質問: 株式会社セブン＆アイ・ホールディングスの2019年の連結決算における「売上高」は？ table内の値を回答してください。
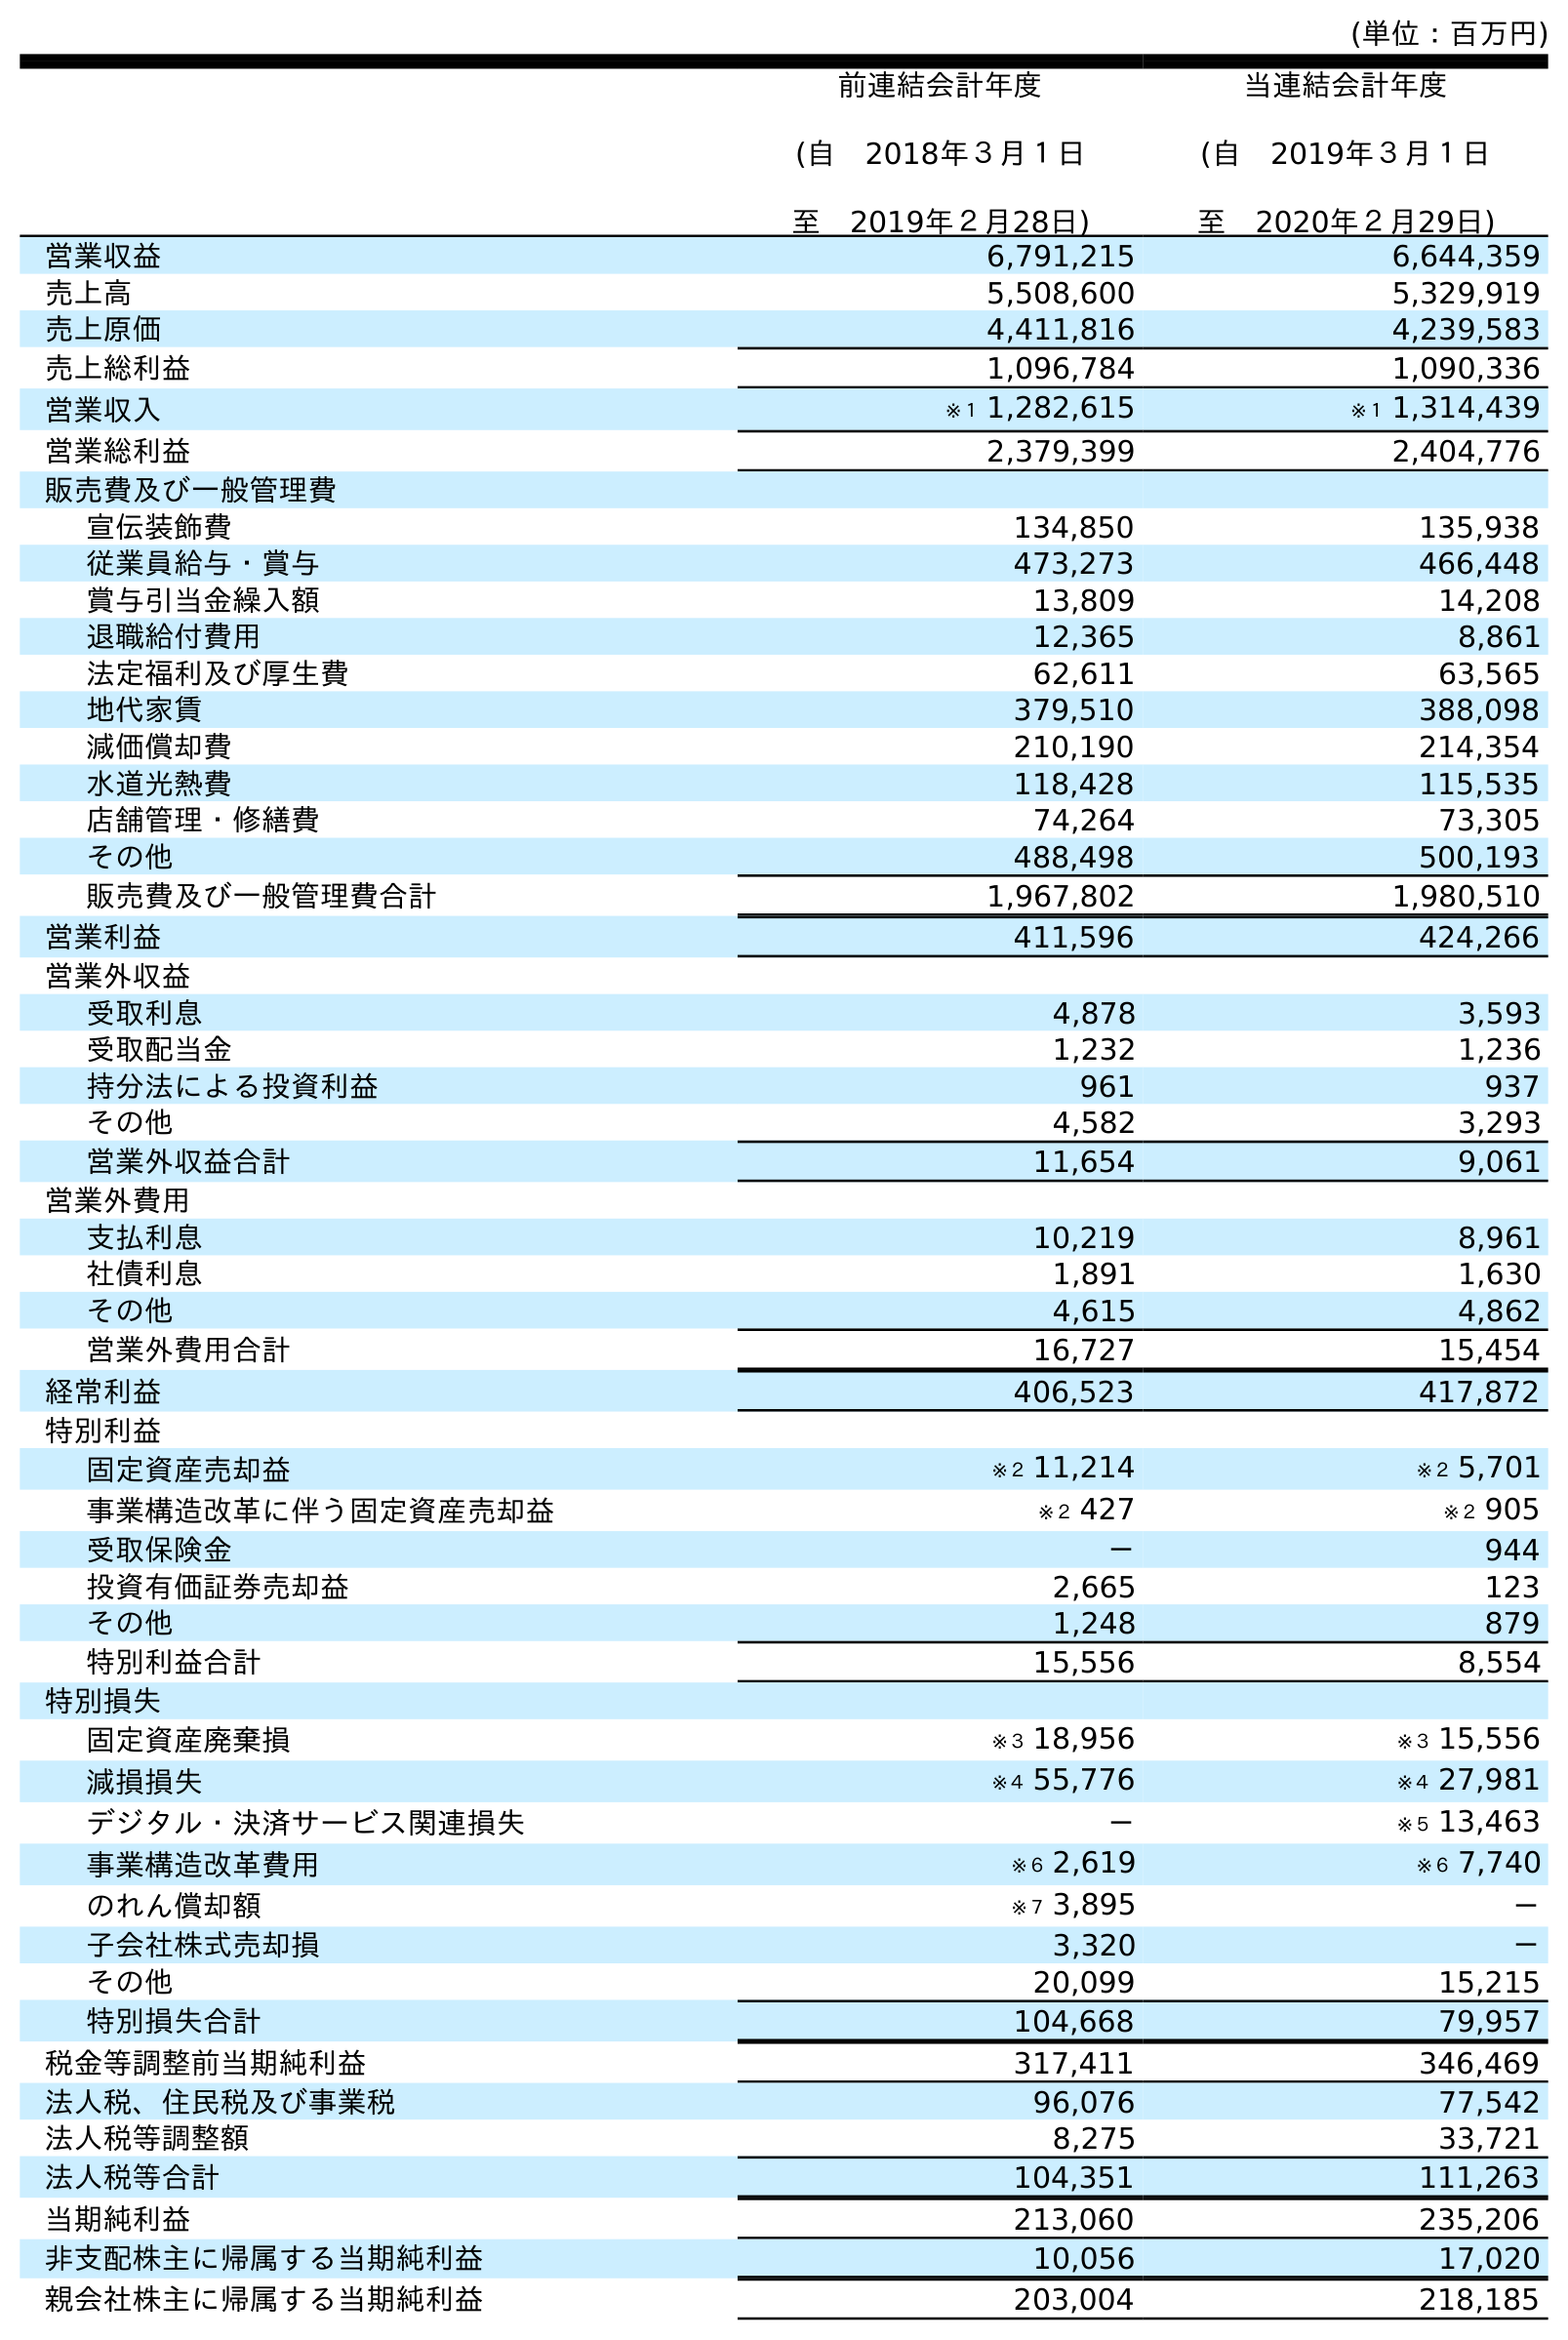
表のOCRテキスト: (単位：百万円) 前連結会計年度 (自 2018年３月１日 至 2019年２月28日) 当連結会計年度 (自 2019年３月１日 至 2020年２月29日) 営業収益 6,791,215 6,644,359 売上高 5,508,600 5,329,919 売上原価 4,411,816 4,239,583 売上総利益 1,096,784 1,090,336 営業収入 ※１ 1,282,615 ※１ 1,314,439 営業総利益 2,379,399 2,404,776 販売費及び一般管理費 宣伝装飾費 134,850 135,938 従業員給与・賞与 473,273 466,448 賞与引当金繰入額 13,809 14,208 退職給付費用 12,365 8,861 法定福利及び厚生費 62,611 63,565 地代家賃 379,510 388,098 減価償却費 210,190 214,354 水道光熱費 118,428 115,535 店舗管理・修繕費 74,264 73,305 その他 488,498 500,193 販売費及び一般管理費合計 1,967,802 1,980,510 営業利益 411,596 424,266 営業外収益 受取利息 4,878 3,593 受取配当金 1,232 1,236 持分法による投資利益 961 937 その他 4,582 3,293 営業外収益合計 11,654 9,061 営業外費用 支払利息 10,219 8,961 社債利息 1,891 1,630 その他 4,615 4,862 営業外費用合計 16,727 15,454 経常利益 406,523 417,872 特別利益 固定資産売却益 ※２ 11,214 ※２ 5,701 事業構造改革に伴う固定資産売却益 ※２ 427 ※２ 905 受取保険金 － 944 投資有価証券売却益 2,665 123 その他 1,248 879 特別利益合計 15,556 8,554 特別損失 固定資産廃棄損 ※３ 18,956 ※３ 15,556 減損損失 ※４ 55,776 ※４ 27,981 デジタル・決済サービス関連損失 － ※５ 13,463 事業構造改革費用 ※６ 2,619 ※６ 7,740 のれん償却額 ※７ 3,895 － 子会社株式売却損 3,320 － その他 20,099 15,215 特別損失合計 104,668 79,957 税金等調整前当期純利益 317,411 346,469 法人税、住民税及び事業税 96,076 77,542 法人税等調整額 8,275 33,721 法人税等合計 104,351 111,263 当期純利益 213,060 235,206 非支配株主に帰属する当期純利益 10,056 17,020 親会社株主に帰属する当期純利益 203,004 218,185
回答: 5,508,600